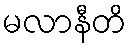
မလာနီတိ